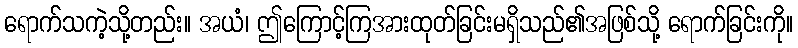
ရောက်သကဲ့သို့တည်း။ အယံ၊ ဤကြောင့်ကြအားထုတ်ခြင်းမရှိသည်၏အဖြစ်သို့ ရောက်ခြင်းကို။